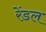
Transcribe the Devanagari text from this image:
रेंडल